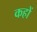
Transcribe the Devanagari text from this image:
कहों